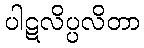
ပါဋလိပ္ပလိတာ